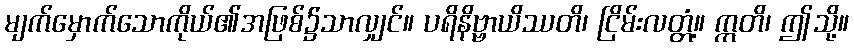
မျက်မှောက်သောကိုယ်၏အဖြစ်၌သာလျှင်။ ပရိနိဗ္ဗာယိဿတိ၊ ငြိမ်းလတ္တံ့။ ဣတိ၊ ဤသို့။